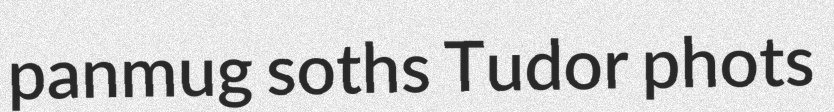
panmug soths Tudor phots